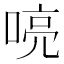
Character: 喨